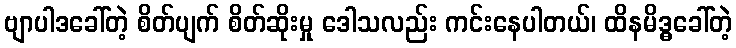
ဗျာပါဒခေါ်တဲ့ စိတ်ပျက် စိတ်ဆိုးမှု ဒေါသလည်း ကင်းနေပါတယ်၊ ထိနမိဒ္ဓခေါ်တဲ့